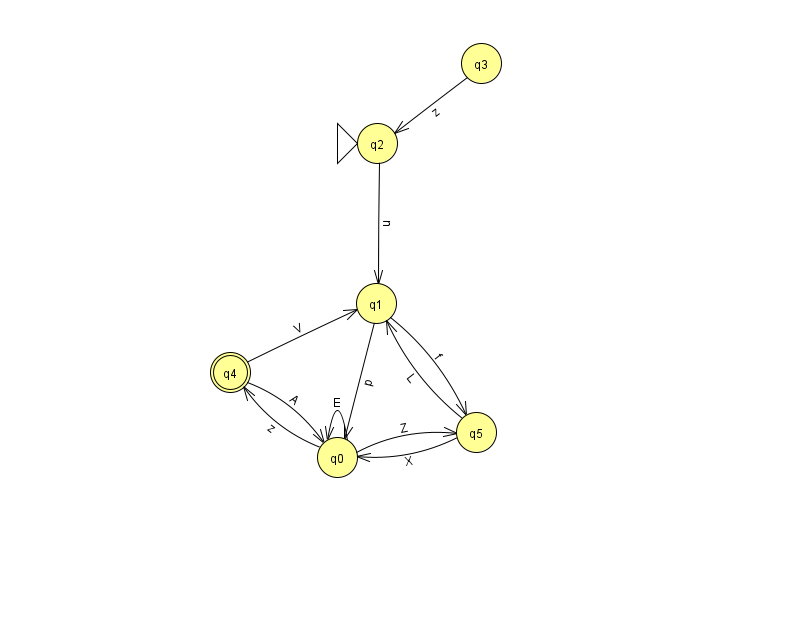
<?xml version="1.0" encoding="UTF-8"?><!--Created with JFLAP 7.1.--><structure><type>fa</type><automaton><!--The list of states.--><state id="0" name="q0"><x>337.0</x><y>444.0</y></state><state id="1" name="q1"><x>376.0</x><y>290.0</y></state><state id="2" name="q2"><x>377.0</x><y>130.0</y><initial/></state><state id="3" name="q3"><x>481.0</x><y>50.0</y></state><state id="4" name="q4"><x>230.0</x><y>359.0</y><final/></state><state id="5" name="q5"><x>476.0</x><y>419.0</y></state><!--The list of transitions.--><transition><from>4</from><to>1</to><read>V</read></transition><transition><from>5</from><to>1</to><read>L</read></transition><transition><from>0</from><to>4</to><read>z</read></transition><transition><from>2</from><to>1</to><read>u</read></transition><transition><from>0</from><to>0</to><read>E</read></transition><transition><from>0</from><to>5</to><read>Z</read></transition><transition><from>4</from><to>0</to><read>A</read></transition><transition><from>5</from><to>0</to><read>X</read></transition><transition><from>1</from><to>5</to><read>f</read></transition><transition><from>1</from><to>0</to><read>p</read></transition><transition><from>3</from><to>2</to><read>z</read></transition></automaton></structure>